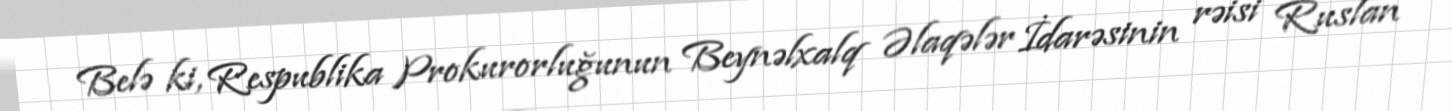
Belə ki, Respublika Prokurorluğunun Beynəlxalq Əlaqələr İdarəsinin rəisi Ruslan